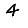
Digit: 4